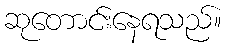
ဆုတောင်းနေရသည်။